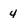
Character: 4